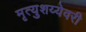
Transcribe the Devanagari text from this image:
मृत्युशय्येवरी